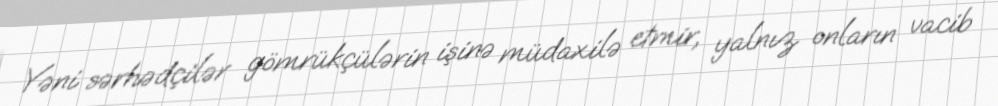
Yəni sərhədçilər gömrükçülərin işinə müdaxilə etmir, yalnız onların vacib